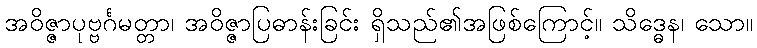
အဝိဇ္ဇာပုဗ္ဗင်္ဂမတ္တာ၊ အဝိဇ္ဇာပြဓာန်းခြင်း ရှိသည်၏အဖြစ်ကြောင့်။ သိဒ္ဓေန၊ သော။